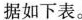
据如下表。